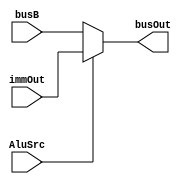
module mux2to1(busB,immOut,AluSrc,busOut);
input [31:0] busB;
input [31:0] immOut;
input AluSrc;
output [31:0] busOut;

assign busOut=AluSrc?immOut:busB;
endmodule